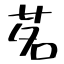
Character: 茗